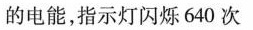
的电能，指示灯闪烁640次